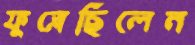
ফুস্‌লেছিলেন